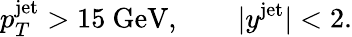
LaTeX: p_{T}^{\mathrm{jet}}>15~\mathrm{GeV},\qquad|y^{\mathrm{jet}}|<2.